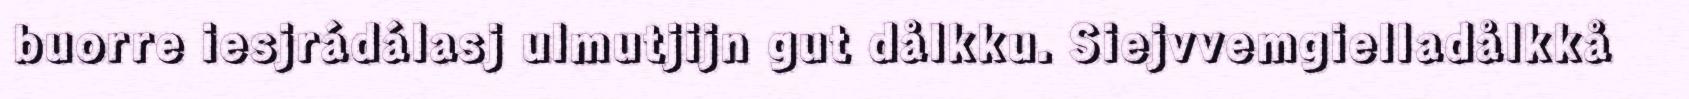
buorre iesjrádálasj ulmutjijn gut dålkku. Siejvvemgielladålkkå